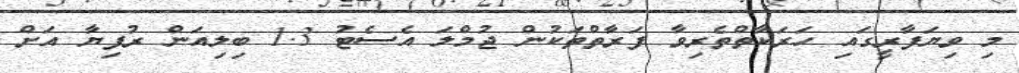
މި ވިޔަފާރީގައި ހަރަކާތްތެރިވާ ފަރާތްތަކުން ޖުމްލަ އެސެޓު 1.3 ބިލިއަން ރުފިޔާ އަށް